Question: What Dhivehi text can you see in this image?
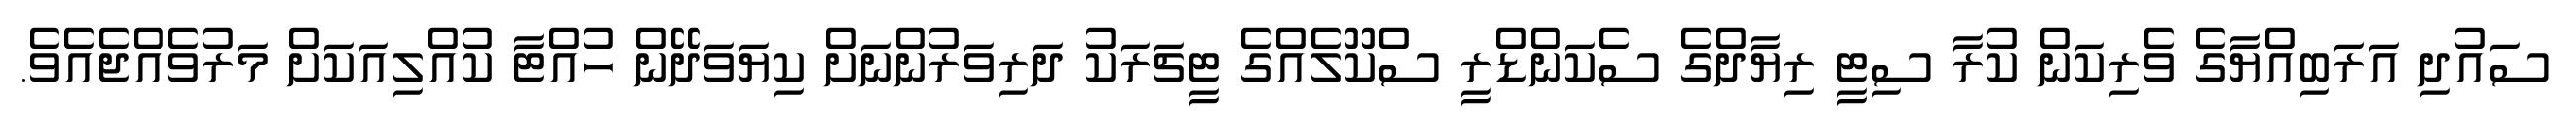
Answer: ސައުދި އަރަބިއްޔާގެ ވެރިކަން ކުރާ ސިޓީ ރިޔާދްގެ ސެކަންޑްރީ ސްކޫލެއްގެ ޓީޗަރަކު ދަރިވަރުންނަށް ކިޔަވަދޭން ހުއްޓާ ކުއްލިއަކަށް މަރުވެއްޖެއެވެ.